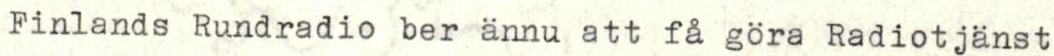
Finlands Rundradio ber ännu att få göra Radiotjänst